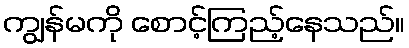
ကျွန်မကို စောင့်ကြည့်နေသည်။